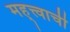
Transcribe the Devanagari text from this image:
मह्त्त्वाची